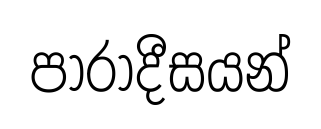
පාරාදීසයන්